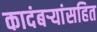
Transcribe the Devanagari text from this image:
कादंबर्‍यांसहित